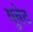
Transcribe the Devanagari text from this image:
युवेट